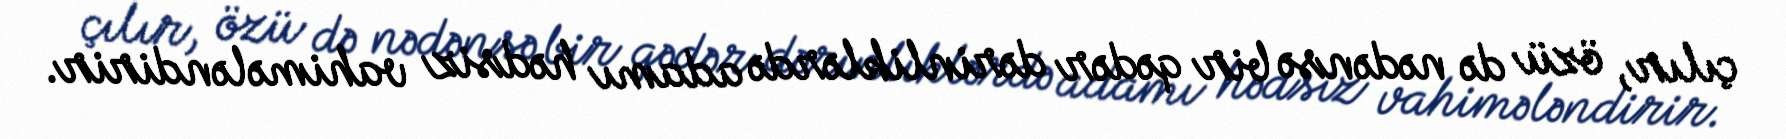
çılır, özü də nədənsə bir qədər dərinliklərdə adamı hədsiz vahimələndirir.